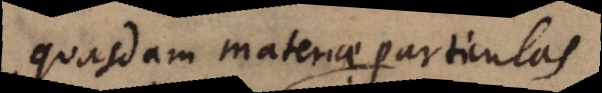
quasdam materiae particulas